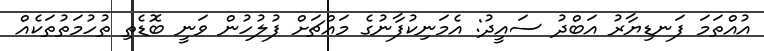
އުއްތަމަ ފަނޑިޔާރު އަބްދު ސައީދު: އެމަނިކުފާނުގެ މައްޗަށް ފުލުހުން ވަނީ ބޮޑެތި ތުހުމަތުތަކެއް